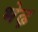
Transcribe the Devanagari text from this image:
भेढ़